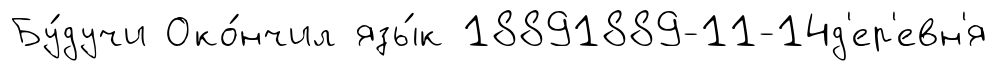
Бу́дучи Око́нчил язы́к 18891889-11-14д'ер'евн'я